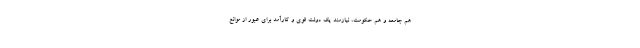
هم جامعه و هم حکومت، نیازمند یک دولت قوی و کارآمد برای عبور از موانع